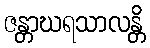
ဇန္တာဃရသာလန္တိ